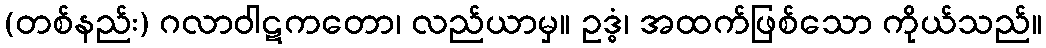
(တစ်နည်း) ဂလာဝါဋကတော၊ လည်ယာမှ။ ဥဒ္ဓံ၊ အထက်ဖြစ်သော ကိုယ်သည်။